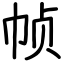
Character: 帧